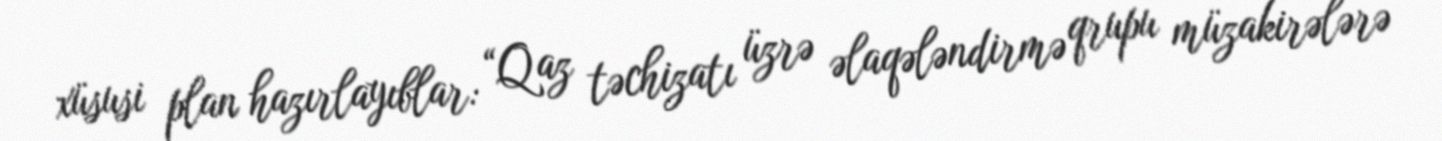
xüsusi plan hazırlayıblar: “Qaz təchizatı üzrə əlaqələndirmə qrupu müzakirələrə